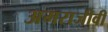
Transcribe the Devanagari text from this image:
अमराजीवी